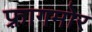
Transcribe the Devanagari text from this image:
फ़्रागमोर